Civil Veterinary Dept. Bombay admin report 1932-41 - 1932-1941
Year: 1932
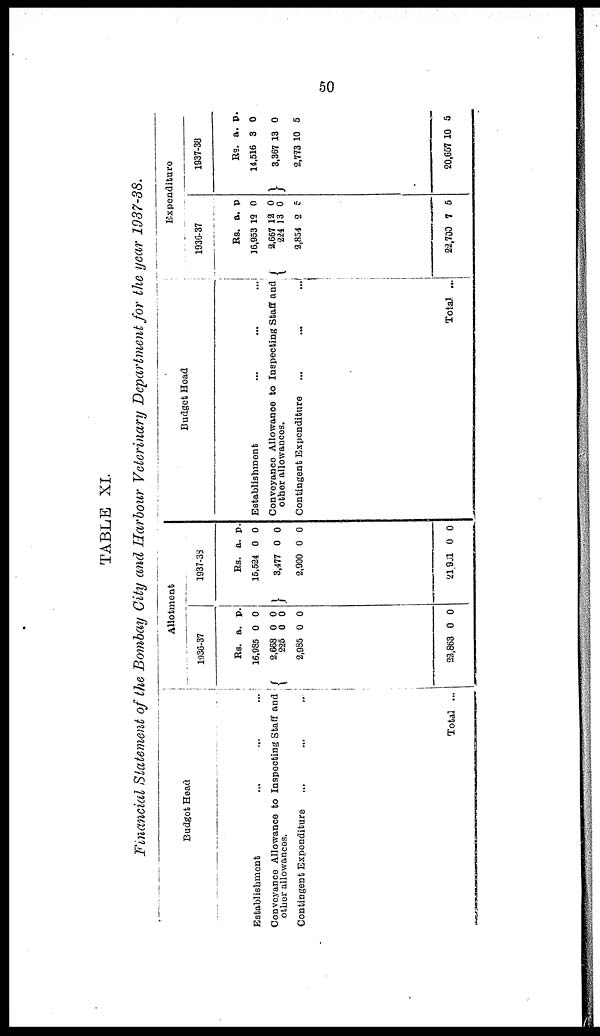
50
TABLE XI.
Financial Statement of the Bombay City and Harbour Veterinary Department for the year 1937-38.
Budget Head
Establishment ... ... ...
Conveyance Allowance to Inspecting Staff and
other allowances.
Contingent Expenditure
...
...
...
Total ...
Allotment
1936-37
Rs.
16,985
2,668
225
2,985
22,863
a.
0
0
0
0
0
p.
0
0
0
0
0
1937-38
Rs.
15,524
3,477
2,900
21 901
a.
0
0
0
0
p.
0
0
0
0
Budget Head
Establishment ... ... ...
Conveyance Allowance to Inspecting Staff and
other allowances.
Contingent Expenditure ... ... ...
Total ...
Expenditure
1936-37
Rs.
16,953
2,667
224
2,854
22,700
a.
13
12
13
2
7
p.
0
0 0
5
5
1937-38
Rs.
14,516
3,367
2,773
20,657
a.
3
13
10
10
p.
0
0
5
5